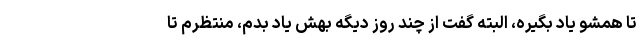
تا همشو یاد بگیره، البته گفت از چند روز دیگه بهش یاد بدم، منتظرم تا